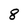
Character: 8